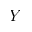
Y